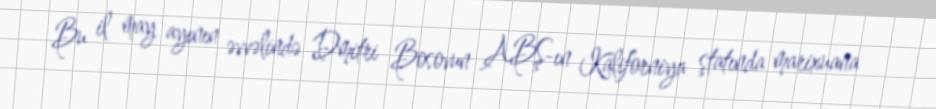
Bu il may ayının əvvəlində Dmitri Bosovun ABŞ-ın Kaliforniya ştatında marixuana